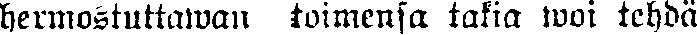
hermostuttawan toimensa takia woi tehdä